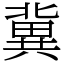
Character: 冀